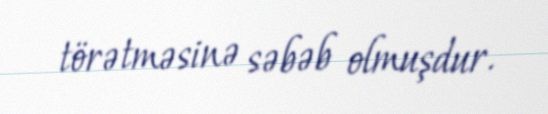
törətməsinə səbəb olmuşdur.